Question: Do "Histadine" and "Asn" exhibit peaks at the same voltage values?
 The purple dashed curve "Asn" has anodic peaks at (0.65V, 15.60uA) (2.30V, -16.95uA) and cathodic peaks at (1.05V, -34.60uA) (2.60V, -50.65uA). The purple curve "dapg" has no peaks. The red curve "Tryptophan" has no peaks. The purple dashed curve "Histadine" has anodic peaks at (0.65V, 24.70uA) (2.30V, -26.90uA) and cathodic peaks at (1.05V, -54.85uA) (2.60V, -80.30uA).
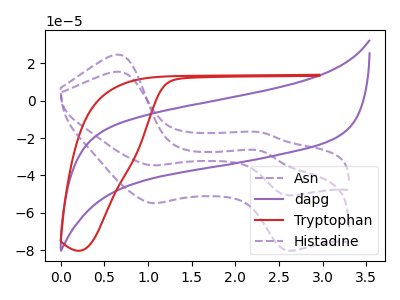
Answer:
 <answer>Yes, "Histadine" have a peak in "Asn" at the same potential.</answer>
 <eval>match</eval>